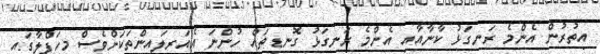
އިތުރުން އެންމެ ރަނގަޅު ކާނާއާއި އެންމެ ރަނގަޅު ގޮނޑިތައް ހުންނަ އެއަރލައިންތަކަށްވެސް މިހަފްލާގައި